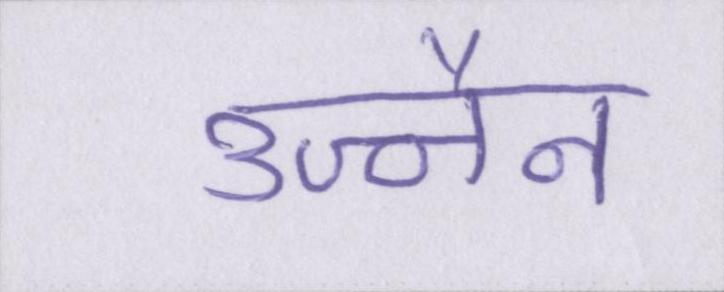
उज्जैन